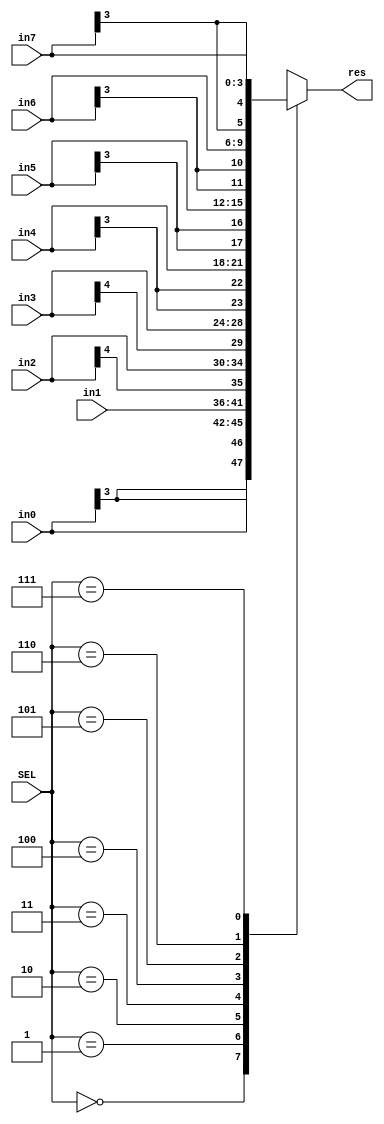
module MUX_1210733#(parameter n=4)
				(in0,in1,in2,in3 ,in4 , in5 ,in6 ,in7,SEL,res);
// the size of input to mux is different for each operation
input signed [n-1:0]in0 ,in4 , in5 ,in6 ,in7 ;
input signed [n:0] in2,in3 ;
input signed [n+1:0]in1;
input [2:0]SEL ;
// the output size is depending on the maximum size in input which is n+2
output reg signed [n+1:0] res ;
always@(*)
begin
	case(SEL)
		3'b000 : res <= in0;
		3'b001 : res <= in1;
		3'b010 : res <= in2;
		3'b011 : res <= in3;
		3'b100 : res <= in4;
		3'b101 : res <= in5;
		3'b110 : res <= in6;
		3'b111 : res <= in7;
	endcase ;
end
endmodule